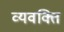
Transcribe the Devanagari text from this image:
व्यवक्ति